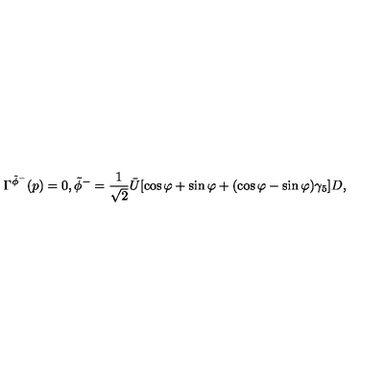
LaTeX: \Gamma ^ { \tilde { \phi } ^ { - } } ( p ) = 0 , \tilde { \phi } ^ { - } = \frac { 1 } { \sqrt { 2 } } \bar { U } [ \cos \varphi + \sin \varphi + ( \cos \varphi - \sin \varphi ) \gamma _ { 5 } ] D ,